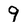
Character: 9